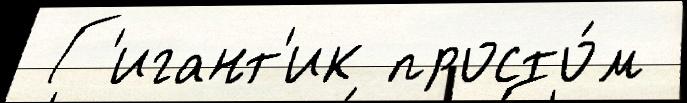
 Г'игант'ик просто́м